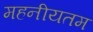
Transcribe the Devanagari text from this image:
महनीयतम